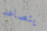
يتصاعد